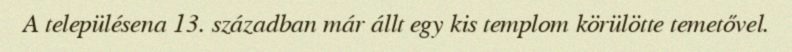
A településena 13. században már állt egy kis templom körülötte temetővel.